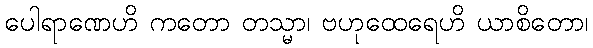
ပေါရာဏေဟိ ကတော တသ္မာ၊ ဗဟုထေရေဟိ ယာစိတော၊